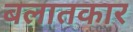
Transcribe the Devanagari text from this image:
बलातकार